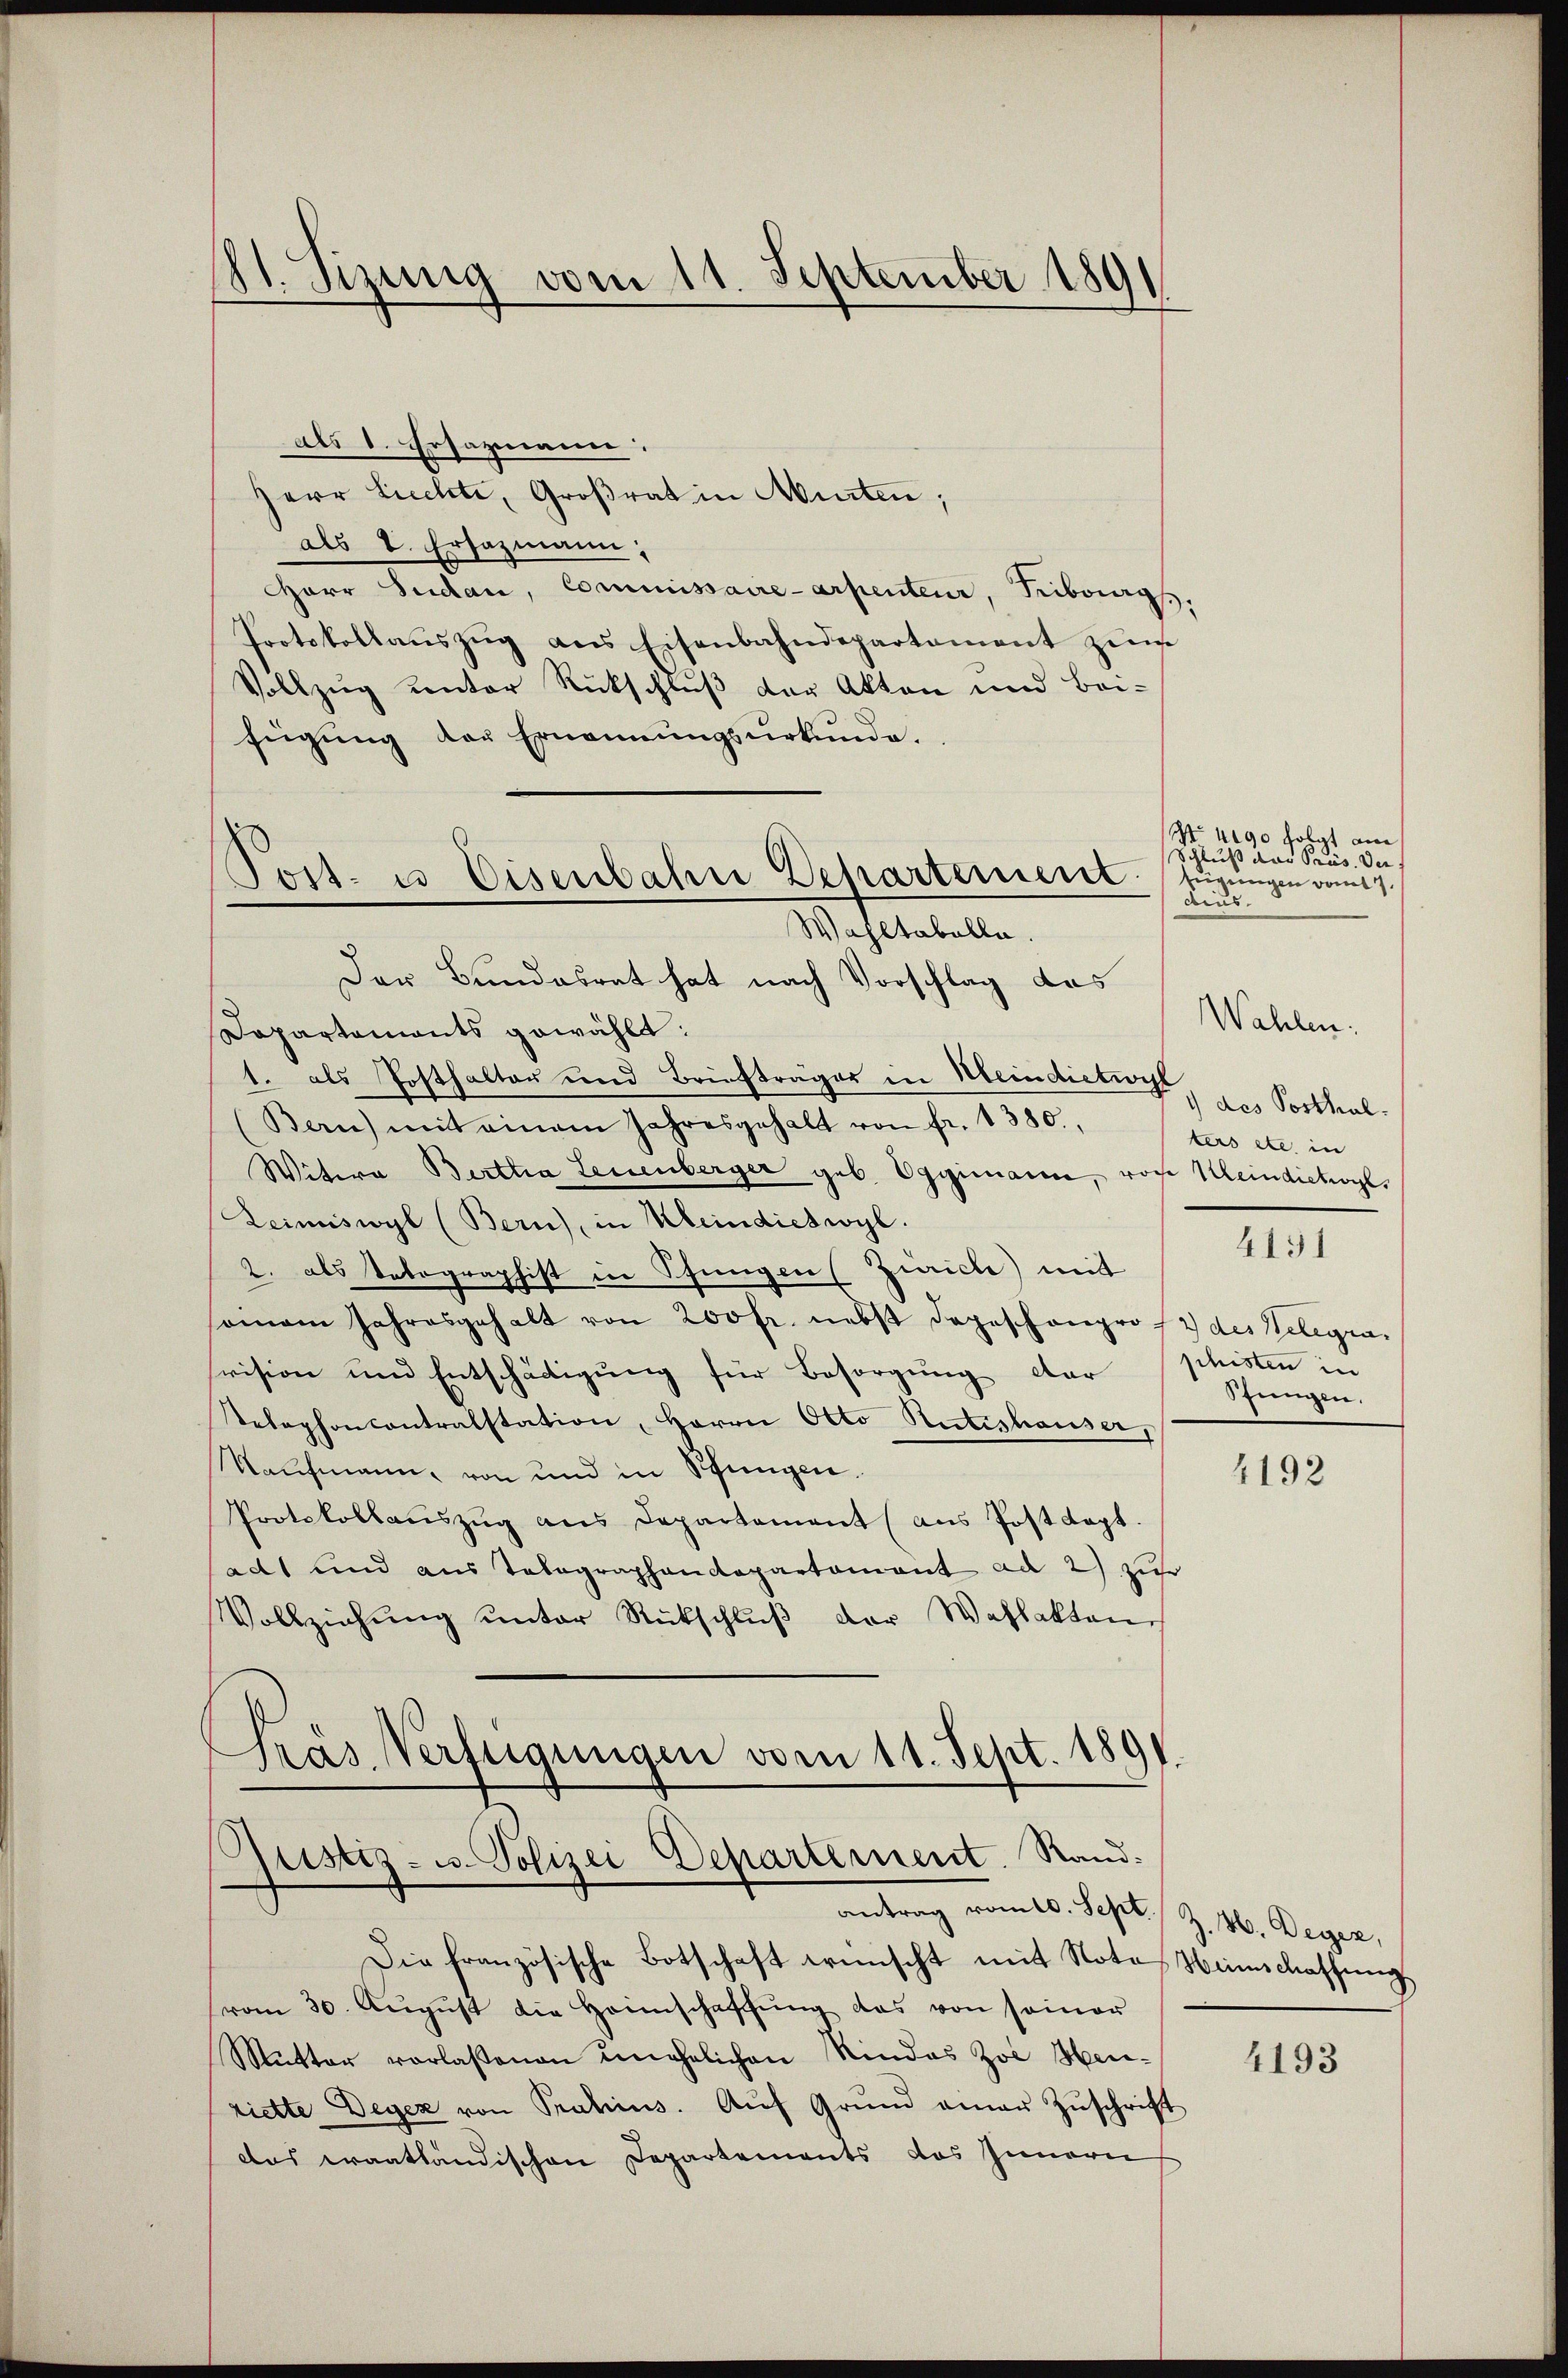
11. Sizinnig vom 11. September 189

als 1. Ersazmann
Herr Lichte, Großrat in Murten;
als 8. Ersazmann,
Harr Sudau, Commissaire-arpenteur, Fribourg,
Protokollaŭszŭg ans Eisenbahndepartement zŭm
Vollzug unter Rückschluß der Akten und Bei-
fügŭng der Ernennungsurkunde.
Der Bundesrat hat nach Vorschlag das
Dapartaments gewählt:
1. als Posthalter und Briefträger in Klein diction des Posthal¬
(Bern) mit einem Jahresgehalt von fr. 1380.
Witwe Bertha Leuenberger geb. Eggimann, rohe Meindietwyl,
Zeimiswyl (Bern), in Kleindietwyl.
2. als Telegraphist in Pfungen Zürich mit
somam Jahresgehalt von 200 fr. nebst dageschanpro f 2 des Telegravision und Entschädigung für Besorgung der
Telephoncontralstation, Herrn Otto Rütishauser,
Kaufmann, von und in Pfungen.
Protokollauszug aus Departement (aus Postkapt.
adt und aus Telegraphendepartament ad 2) zur
Vollziehŭng ŭnter Rückschlŭβ der Wahlakten
Pras Verfügungen vom 11. Sept. 1891.

Post- u. Eisenbahre Departement fürungen vom 17.
Wahltabelle.

justiz- u. Polizei Departement. Rand:

antrag vom 20. Sept. Z. 40. Beger,
Die französische Botschaft wünscht mit Nota, Weinschaffung
vom 30. Aŭgŭst die Heimschaffŭng das von seiner
Mutter vorlassenen unehelichen Rindes Zoi Heuriette Degen von Pratius. Aŭf Grŭnd einer Zŭschrift
das Fraatländischen Departements das Innern

S 490 folgt am
Schluß das Präs. Der
dius.

Wahlen.
ters etc. in
4191
shisten in
Pfungen.

4192

4193